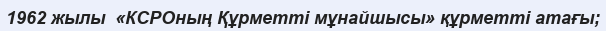
1962 жылы  «КСРОның Құрметті мұнайшысы» құрметті атағы;